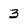
Character: 3